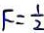
F = \frac { 1 } { 2 }